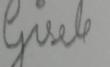
Signature authenticity: forged